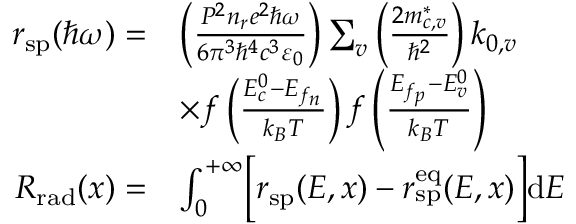
\begin{array} { r l } { r _ { \mathrm { s p } } ( \hbar \omega ) = } & { \left( \frac { P ^ { 2 } n _ { r } e ^ { 2 } \hbar \omega } { 6 \pi ^ { 3 } \hbar ^ { 4 } c ^ { 3 } \varepsilon _ { 0 } } \right) \sum _ { v } \left( \frac { 2 m _ { c , v } ^ { * } } { \hbar ^ { 2 } } \right) k _ { 0 , v } } \\ & { \times f \left( \frac { E _ { c } ^ { 0 } - E _ { f _ { n } } } { k _ { B } T } \right) f \left( \frac { E _ { f _ { p } } - E _ { v } ^ { 0 } } { k _ { B } T } \right) } \\ { R _ { \mathrm { r a d } } ( x ) = } & { \int _ { 0 } ^ { + \infty } \biggl [ r _ { \mathrm { s p } } ( E , x ) - r _ { \mathrm { s p } } ^ { \mathrm { e q } } ( E , x ) \biggr ] \mathrm { d } E } \end{array}